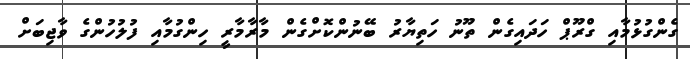
ގެންގުޅުމާއި ގްރޫޕް ހަދައިގެން ތޫނު ހަތިޔާރު ބޭނުންކޮށްގެން މާރާމާރީ ހިންގުމާއި ފުލުހުންގެ ވާޖިބަށް